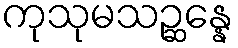
ကုသုမသဉ္ဆန္နေ